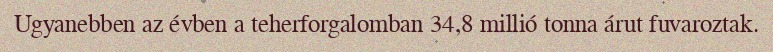
Ugyanebben az évben a teherforgalomban 34,8 millió tonna árut fuvaroztak.